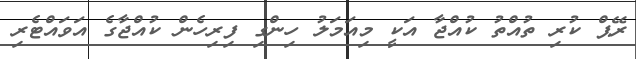
ރޭޕް ކުރި ތުއްތު ކުއްޖާ އަކީ މިއަމަލު ހިންގި ފިރިހެން ކުއްޖާގެ އަވައްޓެރި